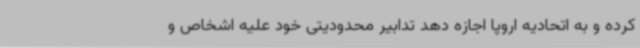
کرده و به اتحادیه اروپا اجازه دهد تدابیر محدودیتی خود علیه اشخاص و